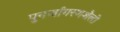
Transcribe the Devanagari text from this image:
पुनर्जागरणशैली